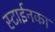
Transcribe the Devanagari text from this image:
स्टाईनका